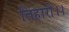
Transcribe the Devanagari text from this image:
तिहारी।।